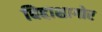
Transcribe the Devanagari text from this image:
बिद्दाशागोर